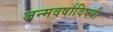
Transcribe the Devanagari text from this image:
जन्मवर्षाविषयी